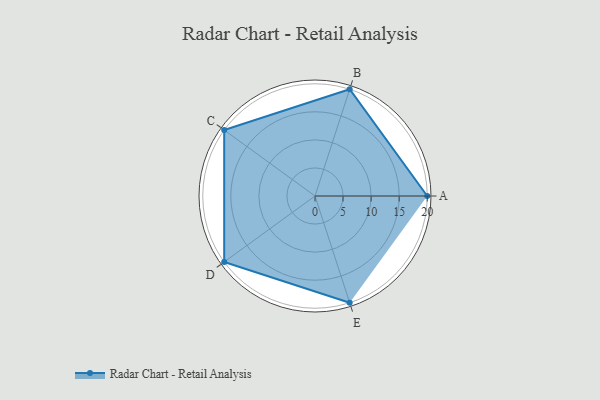
{"axis": {"x": "Skill", "y": "Score"}, "legend": ["Profile"], "data": [{"x": "A", "y": 20.0, "type": "Profile"}, {"x": "B", "y": 20, "type": "Profile"}, {"x": "C", "y": 20, "type": "Profile"}, {"x": "D", "y": 20, "type": "Profile"}, {"x": "E", "y": 20, "type": "Profile"}]}